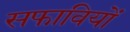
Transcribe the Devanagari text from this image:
सफावियों